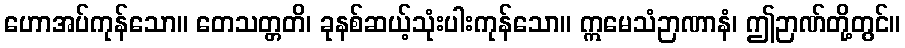
ဟောအပ်ကုန်သော။ တေသတ္တတိ၊ ခုနစ်ဆယ့်သုံးပါးကုန်သော။ ဣမေသံဉာဏာနံ၊ ဤဉာဏ်တို့တွင်။